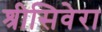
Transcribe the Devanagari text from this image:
श्रीसिवेरा